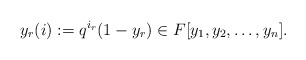
\begin{align*}y_r(i):=q^{i_r}(1-y_r)\in F[y_1,y_2,\dots,y_n].\end{align*}